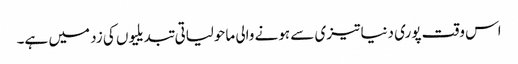
اس وقت پوری دنیا تیزی سے ہونے والی ماحولیاتی تبدیلیوں کی زد میں ہے۔